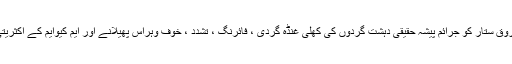
اس موقع پر ذمہ داران و کارکنان اور مرد و خواتین ووٹروں نے ڈاکٹر فاروق ستار کو جرائم پیشہ حقیقی دہشت گردوں کی کھلی غنڈہ گردی ، فائرنگ ، تشدد ، خوف وہراس پھیلانے اور ایم کیوایم کے اکثریتی علاقوں میں ووٹروں کو ووٹ نہ ڈالنے کی تفصیلات سے بھی آگاہ کیا ۔